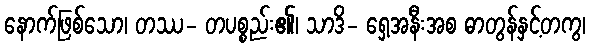
နောက်ဖြစ်သော၊ တဿ- တပစ္စည်း၏၊ သာဒိ- ရှေ့အနီးအစ ဓာတွန်နှင့်တကွ၊